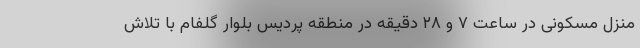
منزل مسکونی در ساعت ۷ و ۲۸ دقیقه در منطقه پردیس بلوار گلفام با تلاش